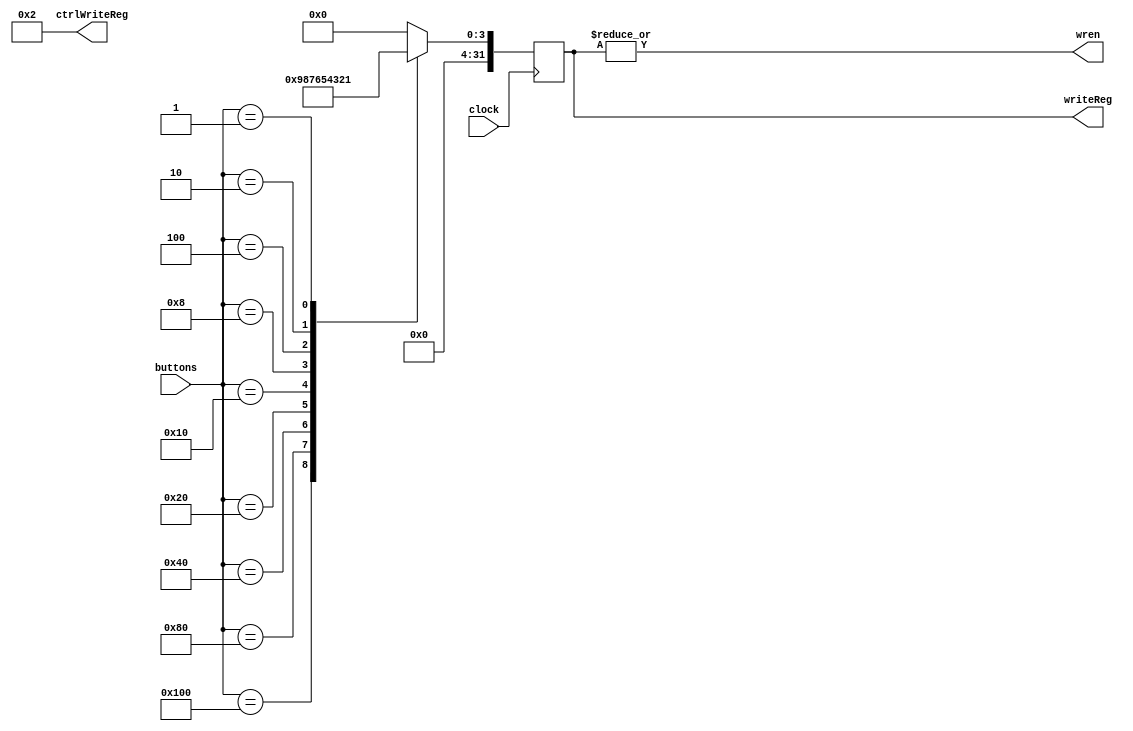
module button_controller(input [8:0] buttons, input clock, output [4:0] ctrlWriteReg, output reg [31:0] writeReg, output wren);

    assign ctrlWriteReg = 5'd2;

    always @(posedge clock) begin
        case(buttons)
            9'b100000000: writeReg = 32'd9;
            9'b010000000: writeReg = 32'd8;
            9'b001000000: writeReg = 32'd7;
            9'b000100000: writeReg = 32'd6;
            9'b000010000: writeReg = 32'd5;
            9'b000001000: writeReg = 32'd4;
            9'b000000100: writeReg = 32'd3;
            9'b000000010: writeReg = 32'd2;
            9'b000000001: writeReg = 32'd1;
            default: writeReg = 32'd0;
        endcase
    end

    assign wren = |writeReg;

endmodule